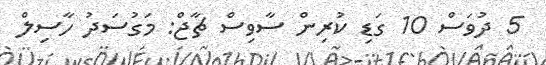
5 ދުވަސް 10 ގަޑި ކުރިން ސާވިސް ޗާޖް: މަގުސަދު ހާސިލް